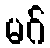
မဂ်